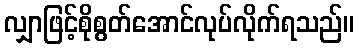
လျှာဖြင့်စိုစွတ်အောင်လုပ်လိုက်ရသည်။